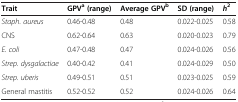
<table><thead><tr><td><b>Trait</b></td><td><b>GPV<sup>a</sup>(range)</b></td><td><b>Average GPV<sup>b</sup></b></td><td><b>SD (range)</b></td><td><b><i>h</i><sup>2</sup></b></td></tr></thead><tbody><tr><td><i>Staph. aureus</i></td><td>0.46-0.48</td><td>0.48</td><td>0.022-0.025</td><td>0.58</td></tr><tr><td>CNS</td><td>0.62-0.64</td><td>0.63</td><td>0.020-0.023</td><td>0.79</td></tr><tr><td><i>E. coli</i></td><td>0.47-0.48</td><td>0.47</td><td>0.024-0.026</td><td>0.56</td></tr><tr><td><i>Strep. dysgalactiae</i></td><td>0.40-0.42</td><td>0.41</td><td>0.024-0.029</td><td>0.50</td></tr><tr><td><i>Strep. uberis</i></td><td>0.49-0.51</td><td>0.51</td><td>0.023-0.025</td><td>0.59</td></tr><tr><td>General mastitis</td><td>0.52-0.52</td><td>0.52</td><td>0.024-0.026</td><td>0.64</td></tr></tbody></table>